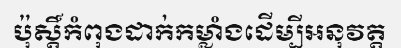
ប៉ុស្តិ៍កំពុងដាក់កម្លាំងដើម្បីអនុវត្ត